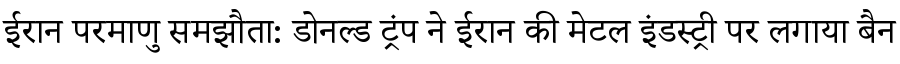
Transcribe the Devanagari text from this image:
ईरान परमाणु समझौता: डोनल्ड ट्रंप ने ईरान की मेटल इंडस्ट्री पर लगाया बैन